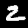
Digit: 2